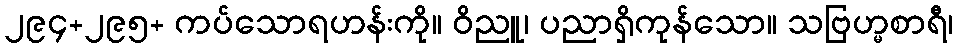
၂၉၄+၂၉၅+ ကပ်သောရဟန်းကို။ ဝိညူ၊ ပညာရှိကုန်သော။ သဗြဟ္မစာရီ၊